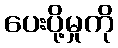
ပေးပို့မှုကို